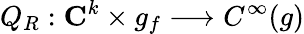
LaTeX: Q_{R}:{\mathbf C}^{k}\times g_{f}\longrightarrow C^{\infty}(g)